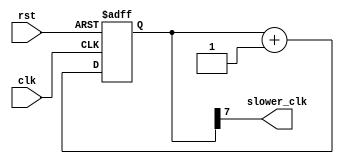
module ripple_counter_clock_divider (
    input wire clk,
    input wire rst,
    output wire slower_clk
);

reg [7:0] count;

always @(posedge clk or posedge rst) begin
    if (rst) begin
        count <= 8'b0;
    end else begin
        count <= count + 1;
    end
end

assign slower_clk = count[7];

endmodule